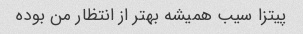
پیتزا سیب همیشه بهتر از انتظار من بوده